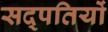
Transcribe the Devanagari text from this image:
सद्पतियों